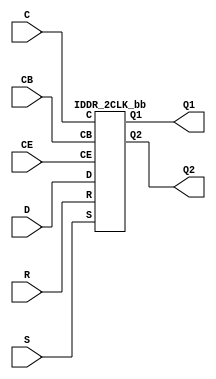
///////////////////////////////////////////////////////////////////////////////
// Copyright (c) 1995/2015 Xilinx, Inc.
// All Right Reserved.
///////////////////////////////////////////////////////////////////////////////
//   ____  ____
//  /   /\/   /
// /___/  \  /    Vendor : Xilinx
// \   \   \/     Version : 2015.4
//  \   \         Description : Xilinx Formal Library Component
//  /   /                  Input Dual Data-Rate Register with Dual Clock inputs
// /___/   /\     Filename : IDDR_2CLK.v
// \   \  /  \
//  \___\/\___\
//
///////////////////////////////////////////////////////////////////////////////
// Revision:
//    06/26/06 - Initial version.
//    05/29/07 - Added wire declaration for internal signals
//    10/31/14 - Added inverter functionality for IS_*_INVERTED parameter (CR 828995).
// End Revision
///////////////////////////////////////////////////////////////////////////////

`timescale  1 ps / 1 ps

`celldefine

module IDDR_2CLK (Q1, Q2, C, CB, CE, D, R, S);

    parameter DDR_CLK_EDGE = "OPPOSITE_EDGE";    
    parameter INIT_Q1 = 1'b0;
    parameter INIT_Q2 = 1'b0;
    parameter [0:0] IS_CB_INVERTED = 1'b0;
    parameter [0:0] IS_C_INVERTED = 1'b0;
    parameter [0:0] IS_D_INVERTED = 1'b0;
    parameter SRTYPE = "SYNC";

`ifdef XIL_TIMING
 
  parameter LOC = "UNPLACED";

`endif

    output Q1;
    output Q2;
    
    input C;
    input CB;
    input CE;
    input D;
    input R;
    input S;

    assign c_in = IS_C_INVERTED ^ C;
    assign cb_in = IS_CB_INVERTED ^ CB;
    assign d_in = IS_D_INVERTED ^ D;
   
   IDDR_2CLK_bb inst_bb (
             .Q1(Q1),
             .Q2(Q2),
             .C(c_in),
             .CB(cb_in),
             .CE(CE),
             .D(d_in),
             .R(R),
             .S(S)
             );

endmodule

module IDDR_2CLK_bb (
    output Q1,
    output Q2,
    
    input C,
    input CB,
    input CE,
    input D,
    input R,
    input S
);

endmodule

`endcelldefine